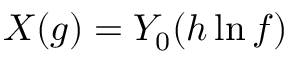
X ( g ) = Y _ { 0 } ( h \ln f )